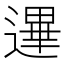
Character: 𰻐